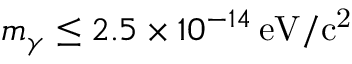
m _ { \gamma } \leq 2 . 5 \times 1 0 ^ { - 1 4 } \, \mathrm { e V / c ^ { 2 } }